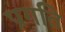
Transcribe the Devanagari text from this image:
प्रगति